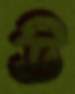
উ